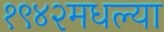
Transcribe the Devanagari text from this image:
१९४२मधल्या